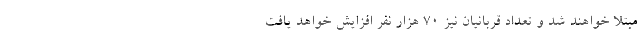
مبتلا خواهند شد و تعداد قربانیان نیز 70 هزار نفر افزایش خواهد یافت